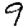
Digit: 9